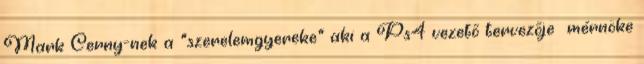
Mark Cerny-nek a "szerelemgyereke" aki a Ps4 vezetõ tervezõje mérnöke